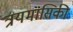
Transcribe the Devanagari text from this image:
त्रयमासिकी